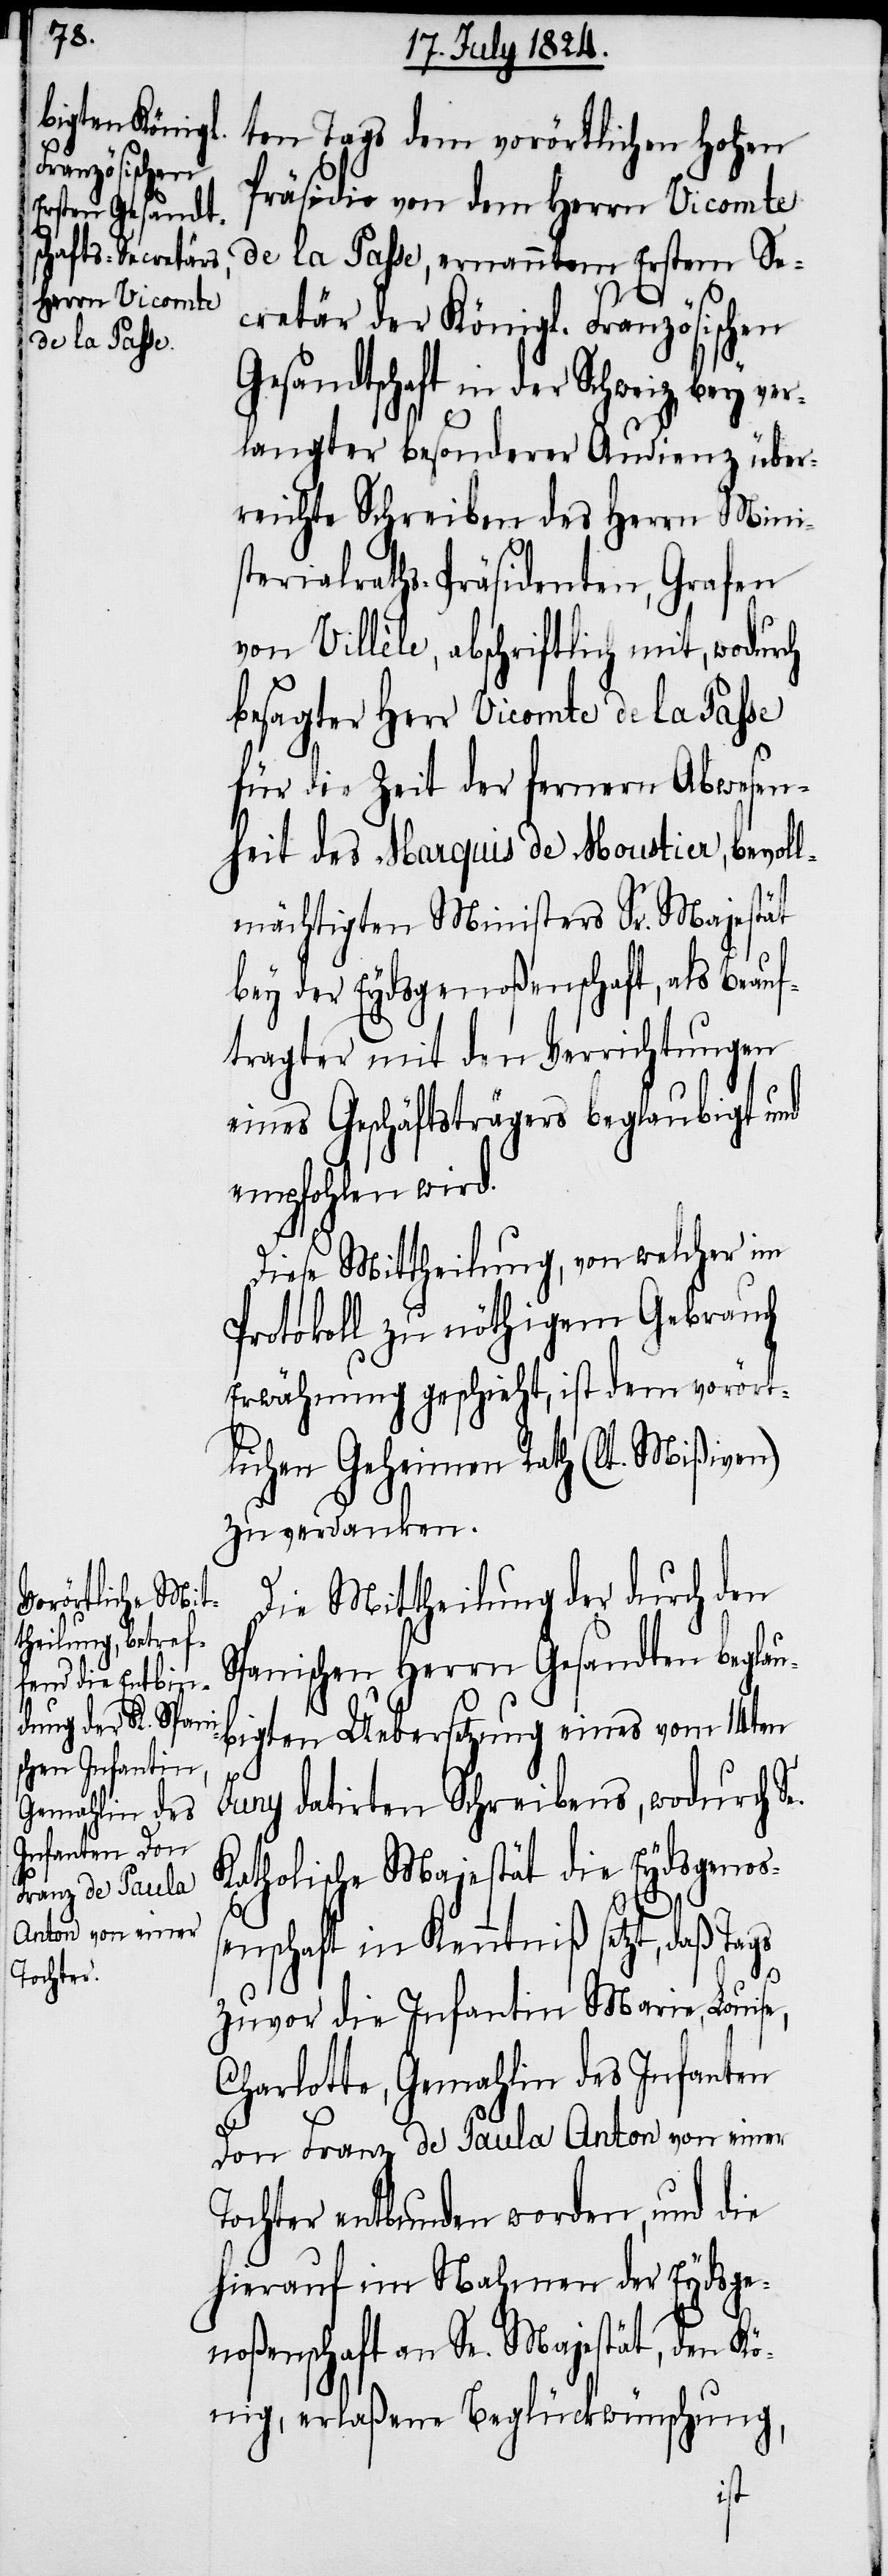
ten Tags dem vorörtlichen Hohen
Präsidio von dem Herrn Vicomte
de la Passe, ernannten Erstem Se¬
cretär der Königl. Französischen
Gesandtschaft in der Schweiz bey ver¬
langter besonderer Audienz über¬
reichte Schreiben des Herrn Mini¬
sterialraths-Präsidenten, Grafen
von Villèle, abschriftlich mit, wodurch
besagter Herr Vicomte de la Passe
für die Zeit der fernern Abwesen¬
heit des Marquis de Moustier, bevoll¬
mächtigten Ministers Sr. Majestät
bey der Eydsgenoßenschaft, als Beauf¬
tragter mit den Verrichtungen
eines Geschäftsträgers beglaubigt und
empfohlen wird.
Dieses Mittheilung, von welcher im
Protokoll zu nöthigem Gebrauch
Erwähnung geschieht, ist dem vorört¬
lichen Geheimen Rath (lt. Mißiven)
zu verdanken.
Die Mittheilung der durch den
Spanischen Herrn Gesandten beglau¬
bigten Uebersetzung eines vom 14ten
Juny datirten Schreibens, wodurch Se.
Katholische Majestät die Eydsgenoß¬
enschaft in Kenntniß setzt, daß Tags
zuvor die Infantin Marie, Loui¬
Charlotte, Gemahlin des Infanten
Don Franz de Paula Anton von einer
Tochter entbunden worden, und die
hierauf im Nahmen der Eydsge¬
noßenschaft an Se. Majestät, den Kö¬
nig, erlaßene Beglückwünschung,
se,